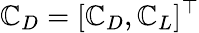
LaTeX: \boldsymbol{\mathbb{C}}_{D}=[\mathbb{C}_{D},\mathbb{C}_{L}]^{\top}